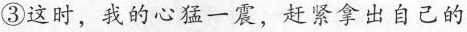
③这时，我的心猛一震，赶紧拿出自己的